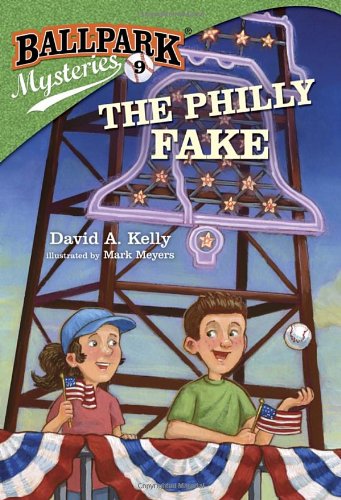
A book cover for Ballpark Mysteries #9: The Philly Fake (A Stepping Stone Book(TM)); David A. Kelly; Children's Books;